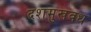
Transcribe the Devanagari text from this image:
दशमुखवध